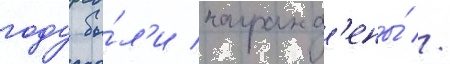
году бы́л'и награжд'ены́ //